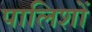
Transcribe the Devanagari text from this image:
पालिशों